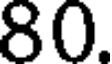
80.